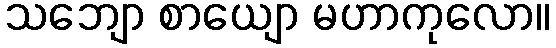
သဘျော စာယျော မဟာကုလော။